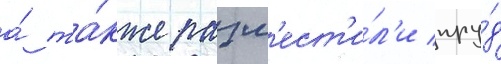
а́ та́кже разм'ест'и́л'и пру́д